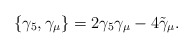
\begin{align*}\{\gamma_5, \gamma_\mu\}=2\gamma_5 \gamma_\mu - 4\tilde \gamma_{\mu}.\end{align*}